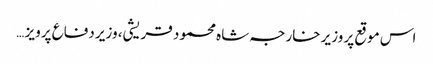
اس موقع پر وزیر خارجہ شاہ محمود قریشی، وزیر دفاع پرویز …